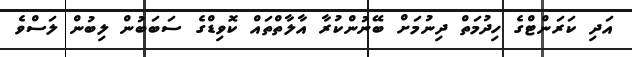
އަދި ކަރަންޓްގެ ހިދުމަތް ދިނުމަށް ބޭނުންކުރާ އާލާތްތައް ކޮވިޑްގެ ސަބަބުން ލިބުން ލަސްވެ